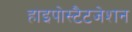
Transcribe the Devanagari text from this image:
हाइपोस्टैटजेशन